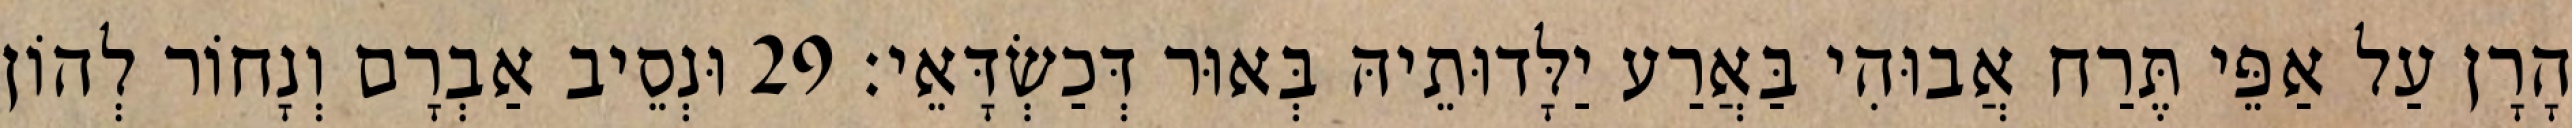
הָרָן עַל אַפֵּי תֶּרַח אֲבוּהִי בַּאֲרַע יַלָּדוּתֵיהּ בְּאוּר דְּכַשְׂדָּאֵי׃ 29 וּנְסֵיב אַבְרָם וְנָחוֹר לְהוֹן